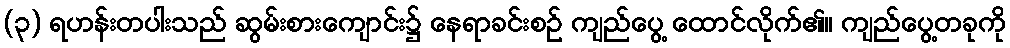
(၃) ရဟန်းတပါးသည် ဆွမ်းစားကျောင်း၌ နေရာခင်းစဉ် ကျည်ပွေ့ ထောင်လိုက်၏။ ကျည်ပွေ့တခုကို